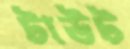
টাউট